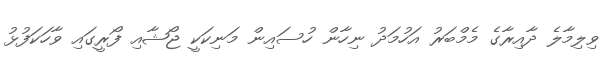
ވިލިމާލެ ދާއިރާގެ މެމްބަރު އަހުމަދު ނިހާން ހުސައިން މަނިކަކީ ޖޯޝާއި ފޯރީގައި ވާހަކަފުޅު